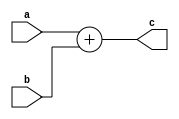
module adder(
        input [bits:0] a,
        input [bits:0] b,
        output [bits:0] c
    );
    parameter bits = 32;
    reg [bits:0] c_reg;
    always @(a or b)
    begin
        c_reg = a + b;
    end
    assign c =c_reg;
    
endmodule